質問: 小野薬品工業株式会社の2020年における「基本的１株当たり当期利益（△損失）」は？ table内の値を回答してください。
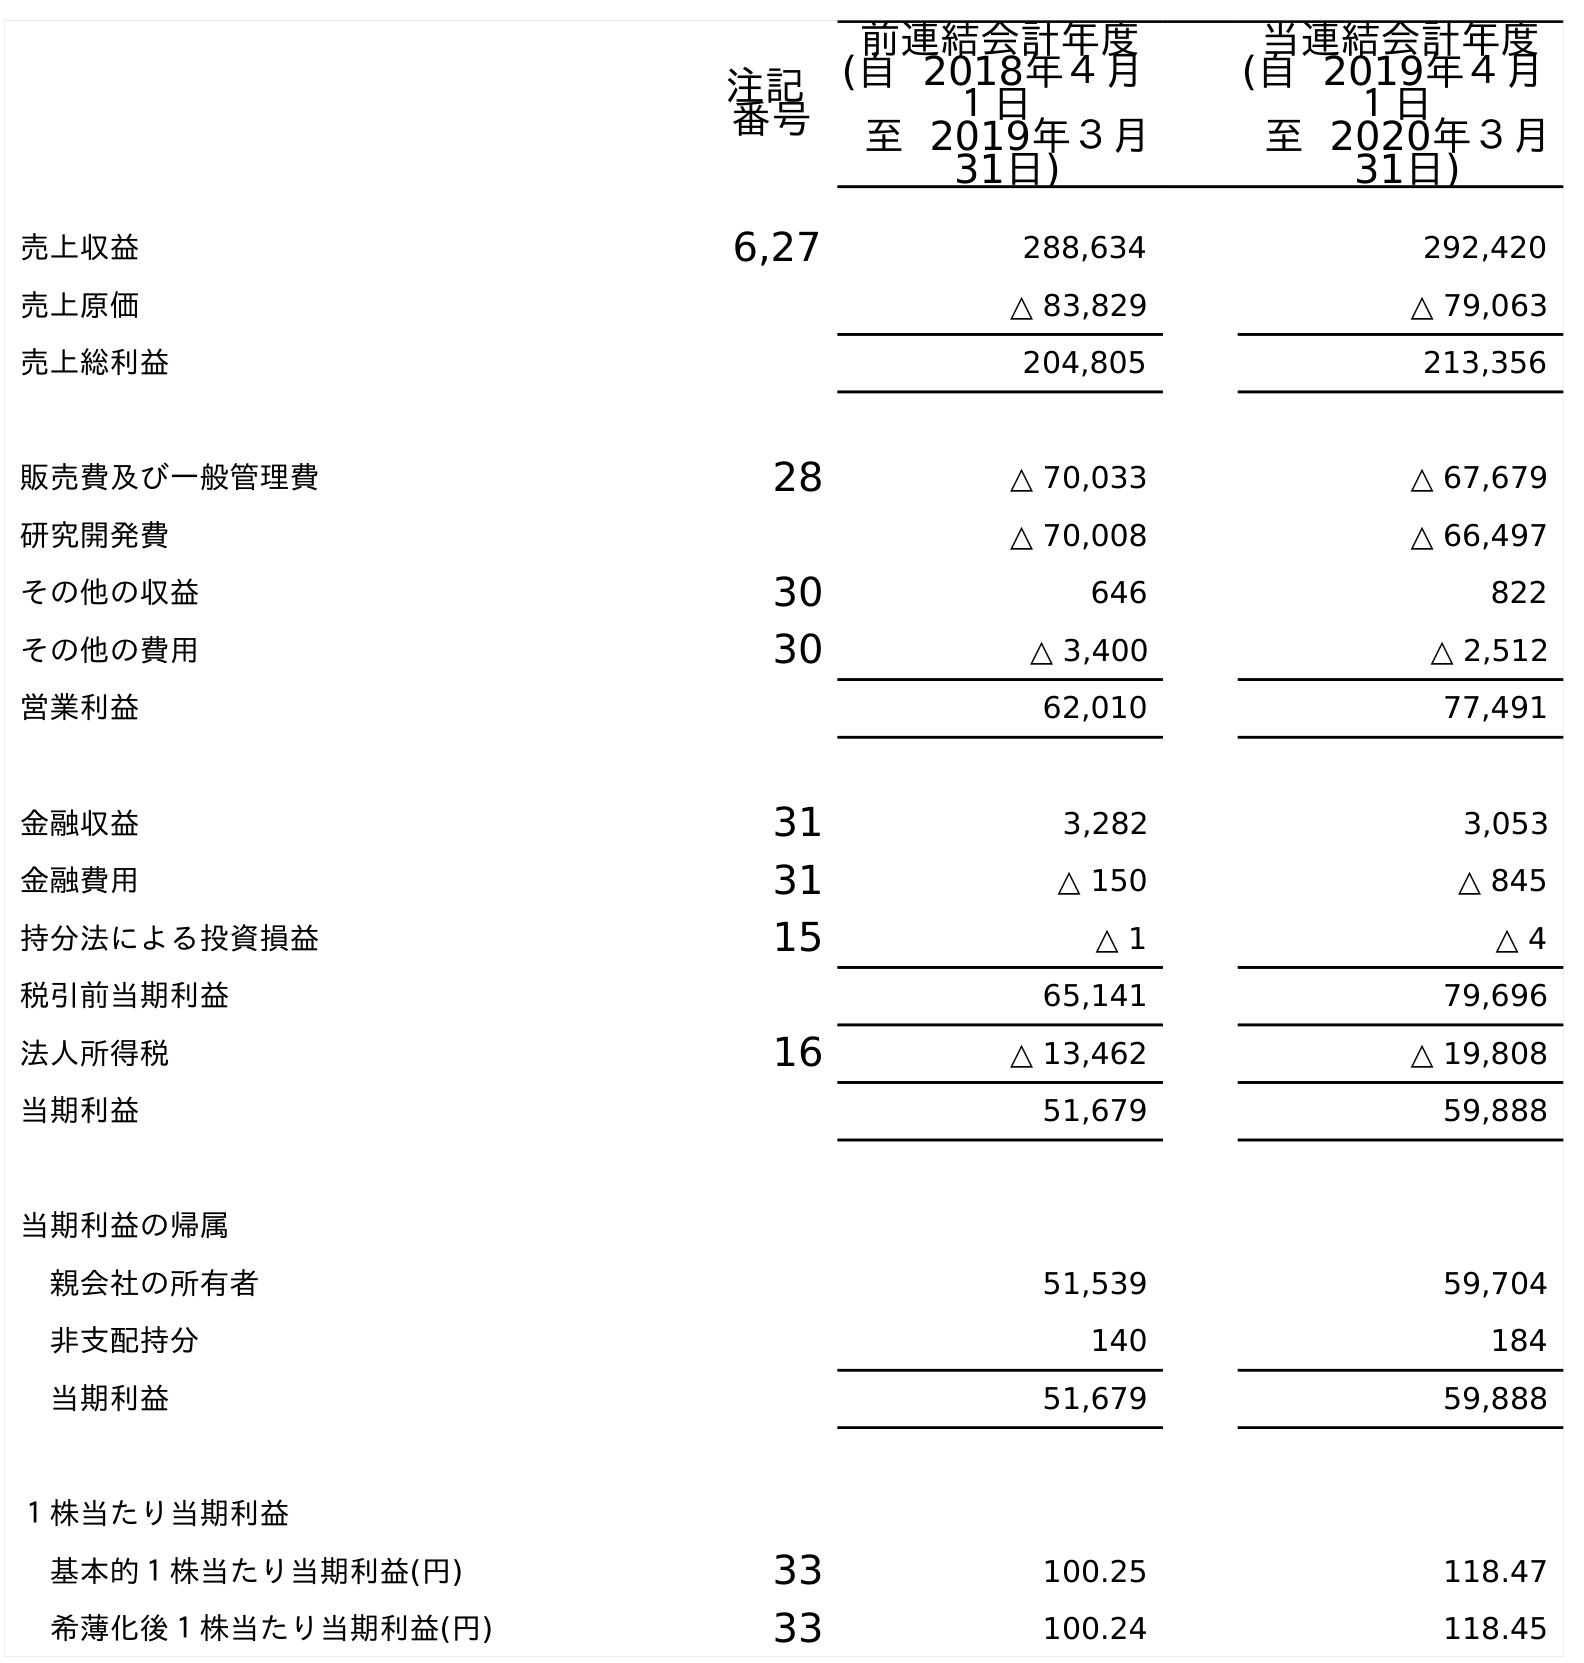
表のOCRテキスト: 注記 番号 前連結会計年度 (自 2018年４月 １日 至 2019年３月 31日) 当連結会計年度 (自 2019年４月 １日 至 2020年３月 31日) 売上収益 6,27 288,634 292,420 売上原価 △ 83,829 △ 79,063 売上総利益 204,805 213,356 販売費及び一般管理費 28 △ 70,033 △ 67,679 研究開発費 △ 70,008 △ 66,497 その他の収益 30 646 822 その他の費用 30 △ 3,400 △ 2,512 営業利益 62,010 77,491 金融収益 31 3,282 3,053 金融費用 31 △ 150 △ 845 持分法による投資損益 15 △ 1 △ 4 税引前当期利益 65,141 79,696 法人所得税 16 △ 13,462 △ 19,808 当期利益 51,679 59,888 当期利益の帰属 親会社の所有者 51,539 59,704 非支配持分 140 184 当期利益 51,679 59,888 １株当たり当期利益 基本的１株当たり当期利益(円) 33 100.25 118.47 希薄化後１株当たり当期利益(円) 33 100.24 118.45
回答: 118.47